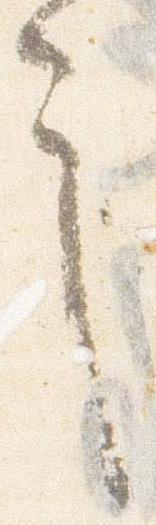
言